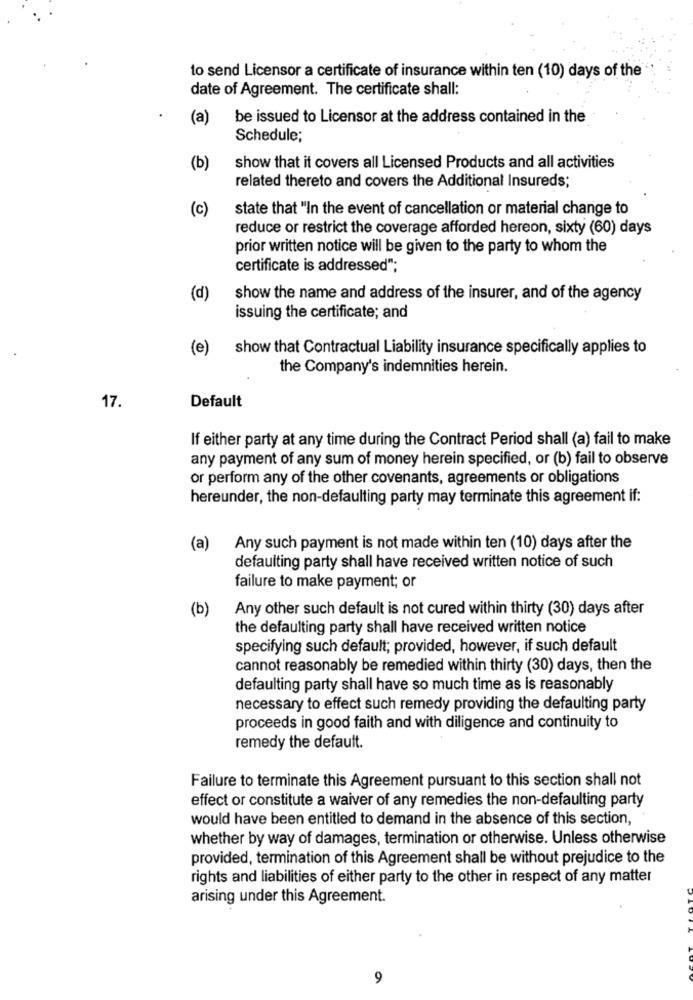
to send Licensor a certificate of insurance within ten (10) days of the
date of Agreement. The certificate shall:
(a)
be issued to Licensor at the address contained in the
Schedule;
(b)
show that it covers all Licensed Products and all activities
related thereto and covers the Additional Insureds;
(c)
state that "In the event of cancellation or material change to
reduce or restrict the coverage afforded hereon, sixty (60) days
prior written notice will be given to the party to whom the
certificate is addressed";
(d)
show the name and address of the insurer, and of the agency
issuing the certificate; and
(e)
show that Contractual Liability insurance specifically applies to
the Company's indemnities herein.
17.
Default
If either party at any time during the Contract Period shall (a) fail to make
any payment of any sum of money herein specified, or (b) fail to observe
or perform any of the other covenants, agreements or obligations
hereunder, the non-defaulting party may terminate this agreement if:
(a)
Any such payment is not made within ten (10) days after the
defaulting party shall have received written notice of such
failure to make payment; or
(b)
Any other such default is not cured within thirty (30) days after
the defaulting party shall have received written notice
specifying such default; provided, however, if such default
cannot reasonably be remedied within thirty (30) days, then the
defaulting party shall have so much time as is reasonably
necessary to effect such remedy providing the defaulting party
proceeds in good faith and with diligence and continuity to
remedy the default.
Failure to terminate this Agreement pursuant to this section shall not
effect or constitute a waiver of any remedies the non-defaulting party
would have been entitled to demand in the absence of this section,
whether by way of damages, termination or otherwise. Unless otherwise
provided, termination of this Agreement shall be without prejudice to the
rights and liabilities of either party to the other in respect of any matter
arising under this Agreement.
9